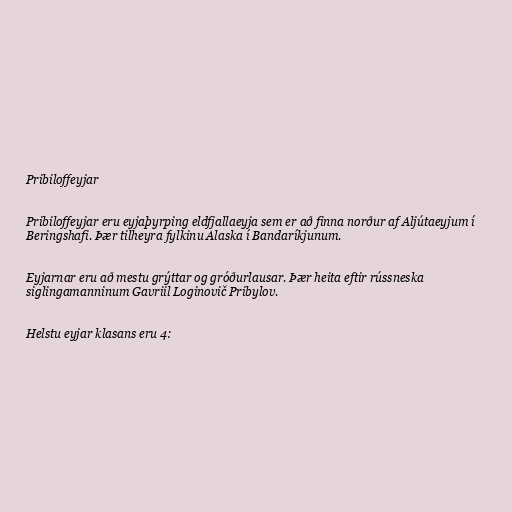
Pribiloffeyjar

Pribiloffeyjar eru eyjaþyrping eldfjallaeyja sem er að finna norður af Aljútaeyjum í
Beringshafi. Þær tilheyra fylkinu Alaska í Bandaríkjunum.

Eyjarnar eru að mestu grýttar og gróðurlausar. Þær heita eftir rússneska
siglingamanninum Gavriil Loginovič Pribylov.

Helstu eyjar klasans eru 4: